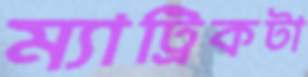
ম্যাট্রিকটা